Report on the treatment of epidemic cholera: from information collected by the governments of Bengal, Madras, Bombay, N.W. Provinces, Punjab, Oudh, and Central India, by order of the Government of India
Disease focus: Cholera
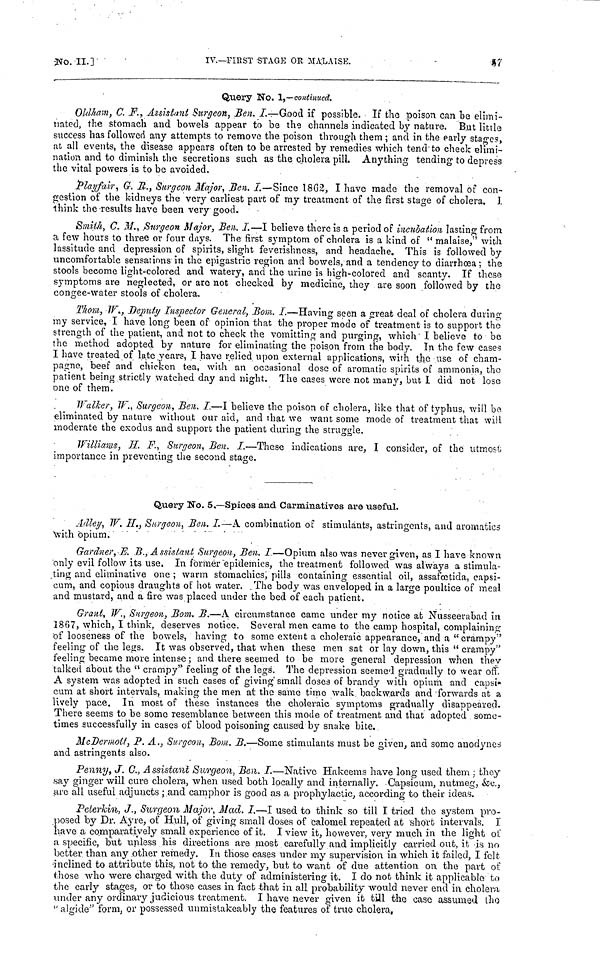
No.
II.]
IV.—FIRST STAGE OR MALAISE. 57
Query No. 1,—continued.
Oldham, C. F., Assistant Surgeon, Ben. I.—Good if possible. If the poison can be elimi-
nated, the stomach and bowels appear to be the channels indicated by nature. But little
success has followed any attempts to remove the poison through them ; and in the early stages,
at all events, the disease appears often to be arrested by remedies which tend to check elimi-
nation and to diminish the secretions such as the cholera pill. Anything tending to depress
the vital powers is to be avoided.
Playfair, G. R., Surgeon Major, Ben. I.—Since 1862, I have made the removal of con-
gestion of the kidneys the very earliest part of my treatment of the first stage of cholera. J.
think the results have been very good.
Smith, C. M., Surgeon Major, Ben. I.—I believe there is a period of incubation lasting from
a few hours to three or four days. The first symptom of cholera is a kind of " malaise," with
lassitude and depression of spirits, slight feverishness, and headache. This is followed by
uncomfortable sensations in the epigastric region and bowels, and a tendency to diarrhœa; the
stools become light-colored and watery, and the urine is high-colored and scanty. If these
symptoms are neglected, or are not checked by medicine, they are soon followed by the
congee-water stools of cholera.
Thom, W., Deputy Inspector General, Bom. I.—Having seen a great deal of cholera during
my service, I have long been of opinion that the proper mode of treatment is to support the
strength of the patient, and not to check the vomitting and purging, which I believe to be
the method adopted by nature for eliminating the poison from the body. In the few cases
I have treated of late years, I have relied, upon external applications, with the use of cham-
pagne, beef and chicken tea, with an occasional dose of aromatic spirits of ammonia, the
patient being strictly watched day and night. The cases were not many, but 1 did not lose
one of them.
Walker, W., Surgeon., Ben. I.—I believe the poison of cholera, like that of typhus, will be
eliminated by nature without our aid, and that we want some mode of treatment that will
moderate the exodus and support the patient during the struggle.
Williams, H. F., Surgeon, Ben. I.—These indications are, I consider, of the utmost
importance in preventing the second stage.
Query No. 5,—Spices and Carminatives are useful.
Adley, W. H., Surgeon, Ben. I.—A combination of stimulants, astringents, and aromatica
with opium,
Gardner, E. B., Assistant Surgeon, Ben, I.—Opium also was never given, as I have known
only evil follow its use. In former "epidemics, the treatment followed was always a stimula-
,ting and cumulative one ; warm stomachics, pills containing essential oil, assafbetida, capsi-
cum, and copious draughts of hot water. The body was enveloped in a large poultice of meal
and mustard, and a fire was placed under the bed of each patient.
Grant, W., Surgeon, Bom. B.—A circumstance came under my notice at Nusseerabad in
Î867, which, I think, deserves notice. Several men came to the camp hospital, complaining
of looseness of the bowels, having to some extent a choleraic appearance, and a "crampy"
feeling of the legs. It was observed, that when these men sat or lay down, this " crampy"
feeling became more intense; and there seemed to be more general depression when they
talked about the " crampy" feeling of the legs'. The depression seemed gradually to wear off.
A system was adopted in such cases of giving small doses of brandy with opium and capsi
cum at short intervals, making the men at the same time walk, backwards and forwards at a
lively pace. In most of these instances the choleraic symptoms gradually disappeared.
There seems to be some resemblance between this mode of treatment and that adopted some-
times successfully in cases of blood poisoning caused by snake bite.
McDermott, P. A., Surgeon, Bom. B.—Some stimulants must be given, and some anodynes
and astringents also.
Penny, J. C., Assistant Surgeon, Ben. I.—Native Hakeems have long used them : they
say ginger will cure cholera, when used both locally and internally. Capsicum, nutmeg, &c.,
arc all useful adjuncts ; and camphor is good as a prophylactic, according to their ideas.
Peterkin, J., Surgeon Major, Mad. I.—I used to think so till I tried the system pro-
posed by Dr. Ayre, of Hull, of giving small doses of calomel repeated at short intervals. I
have a comparatively small experience of it. I view it, however, very much in the light of
a specific, but unless his directions are most carefully and implicitly carried out, it is no
better than any other remedy. In those cases under my supervision in which it failed, I felt
inclined to attribute this, not to the remedy, but to want of due attention on the part of
those who were charged with the duty of administering it. I do not think it applicable to
the early stages, or to those cases in fact that in all probability would never end in cholera
under any ordinary judicious treatment. I have never given it till the case assumed the
" algide'' form, or possessed unmistakeably the features of true cholera.